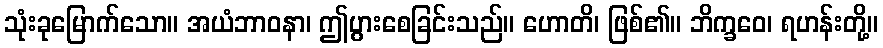
သုံးခုမြောက်သော။ အယံဘာဝနာ၊ ဤပွားစေခြင်းသည်။ ဟောတိ၊ ဖြစ်၏။ ဘိက္ခဝေ၊ ရဟန်းတို့။